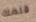
قلمك